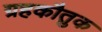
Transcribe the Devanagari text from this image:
ग्रहकौतुक